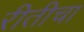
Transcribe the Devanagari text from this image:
रीतीचा